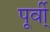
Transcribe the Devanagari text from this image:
पूर्वी्